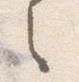
之